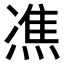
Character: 𤌞